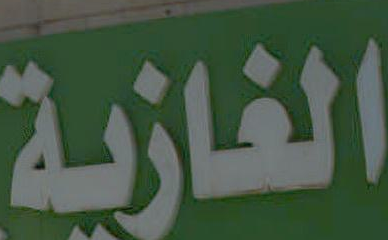
الغازية